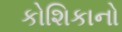
કોશિકાનો